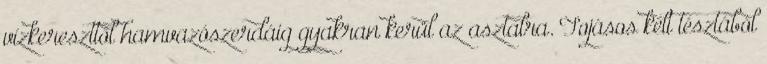
vízkereszttől hamvazószerdáig gyakran kerül az asztalra. Tojásos kelt tésztából